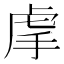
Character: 𧆠